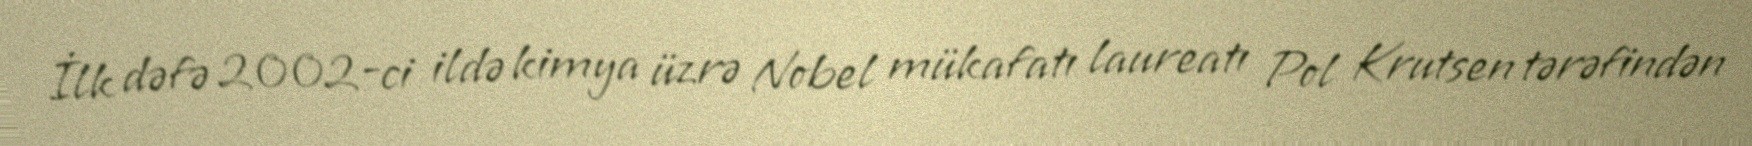
İlk dəfə 2002-ci ildə kimya üzrə Nobel mükafatı laureatı Pol Krutsen tərəfindən